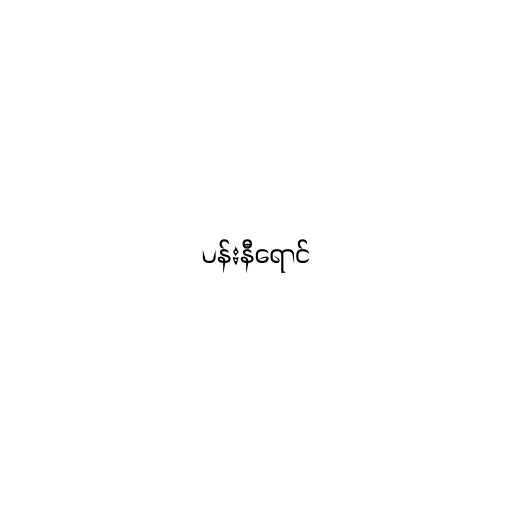
ပန်းနီရောင်